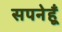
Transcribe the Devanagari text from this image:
सपनेहूँ